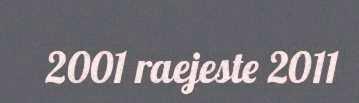
2001 raejeste 2011